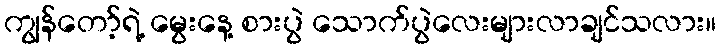
ကျွန်တော့်ရဲ့ မွေးနေ့ စားပွဲ သောက်ပွဲလေးများလာချင်သလား။